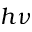
h \nu